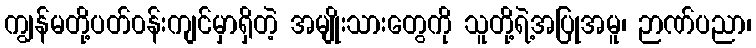
ကျွန်မတို့ပတ်၀န်းကျင်မှာရှိတဲ့ အမျိုးသားတွေကို သူတို့ရဲ့အပြုအမူ၊ ဉာဏ်ပညာ၊